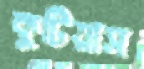
কুটিয়াস